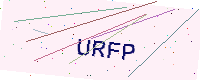
Text: URFP